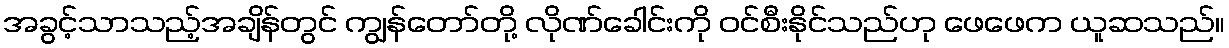
အခွင့်သာသည့်အချိန်တွင် ကျွန်တော်တို့ လိုဏ်ခေါင်းကို ဝင်စီးနိုင်သည်ဟု ဖေဖေက ယူဆသည်။